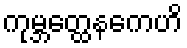
ကုမ္ဘတ္ထေနကေဟိ